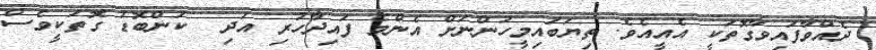
ދެއްވާފައިވާގޮތަކީ އެއީއެވެ. ތިޔަބައިމީހުންނަށް އެންމެ ފައިދާހުރި އަދި  ކަންބޮޑު ގޮތަކީވެސް